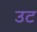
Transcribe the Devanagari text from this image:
उट